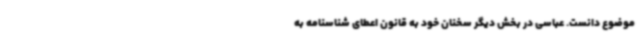
موضوع دانست. عباسی در بخش دیگر سخنان خود به قانون اعطای شناسنامه به